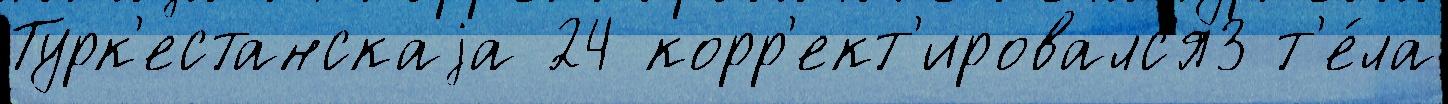
Турк'естанскаjа 24 корр'ект'ировалс'я3 т'е́ла